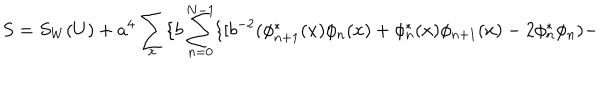
S = S _ { W } ( U ) + a ^ { 4 } \sum _ { x } \{ b \sum _ { n = 0 } ^ { N - 1 } \{ [ b ^ { - 2 } ( \phi _ { n + 1 } ^ { * } ( x ) \phi _ { n } ( x ) + \phi _ { n } ^ { * } ( x ) \phi _ { n + 1 } ( x ) - 2 \phi _ { n } ^ { * } \phi _ { n } ) -